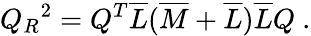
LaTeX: Q_{R}{}^{2}=Q^{T}\overline{{{L}}}(\overline{{{M}}}+\overline{{{L}}})\overline{{{L}}}Q\ .